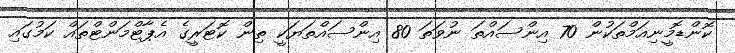
ކޮންޑޮމީނިއަމްތަކުން 70 އިންސައްތަ ނުވަތަ 80 އިންސައްތަޔަކީ ތިން ކޮޓަރީގެ އެޕާޓްމަންޓްތައް ކަމުގައި